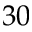
3 0